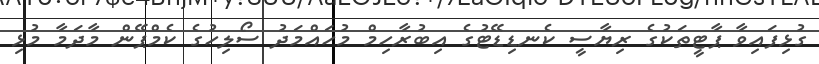
ގުޅިފައިވާ ޕާޓީތަކުގެ ރިޔާސީ ކެނޑިޑޭޓުގެ އިބުރާހިމް މުހައްމަދު ސޯލިހުގެ ކެމްޕޭން މާދަމާ މުޅި